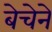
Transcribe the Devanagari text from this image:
बेचेने